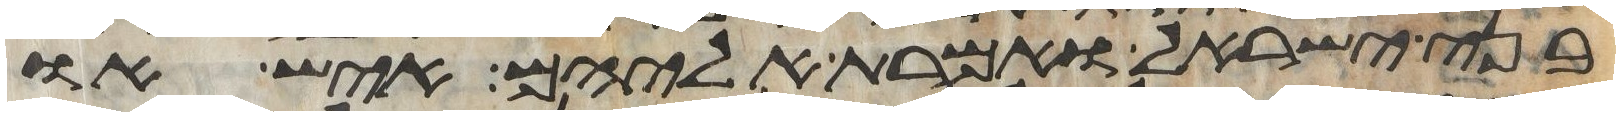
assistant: בני ישראל ואמרת אליהם איש או